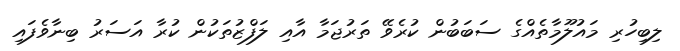
ލިބިހުރި މައުލޫމާތެއްގެ ސަބަބުން ކުރެވޭ ތަރުޖަމާ އާއި ލަފްޒުތަކުން ކުރާ އަސަރު ބިނާވެފައި